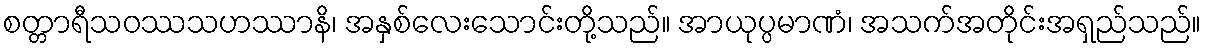
စတ္တာရီသဝဿသဟဿာနိ၊ အနှစ်လေးသောင်းတို့သည်။ အာယုပ္ပမာဏံ၊ အသက်အတိုင်းအရှည်သည်။